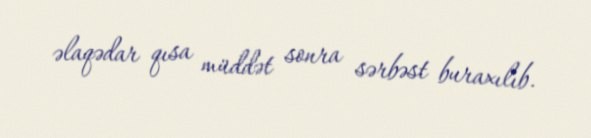
əlaqədar qısa müddət sonra sərbəst buraxılıb.